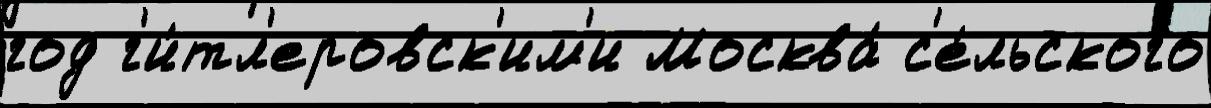
год г'и́тл'еровск'им'и Москва́ с'е́льского